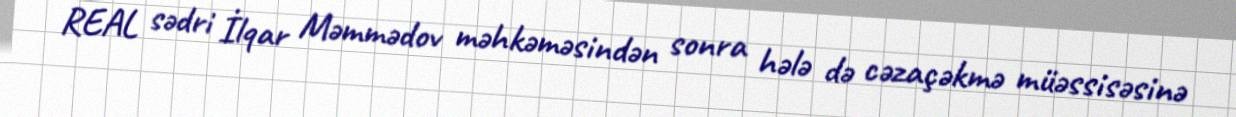
REAL sədri İlqar Məmmədov məhkəməsindən sonra hələ də cəzaçəkmə müəssisəsinə